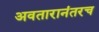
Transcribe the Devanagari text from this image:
अवतारानंतरच